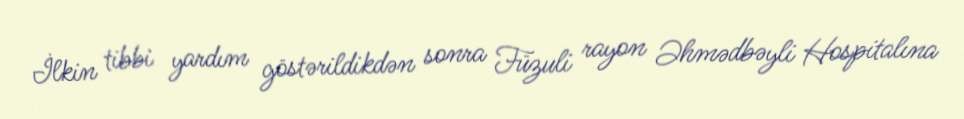
İlkin tibbi yardım göstərildikdən sonra Füzuli rayon Əhmədbəyli Hospitalına